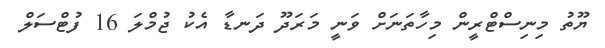
ޔޫތު މިނިސްޓްރީން މިހާތަނަށް ވަނީ މަރަދޫ ދަނޑާ އެކު ޖުމްލަ 16 ފުޓްސަލް